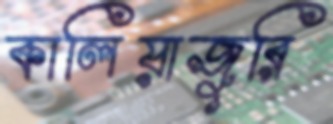
কালিয়াজুরি